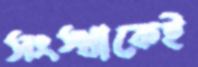
সংস্থাকেই